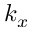
k _ { x }